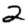
Digit: 2